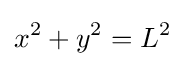
x^{2}+y^{2}=L^{2}